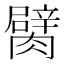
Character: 𦡜